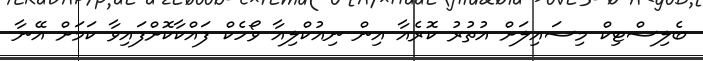
ބެލިސްޓިކް މިސައިލަށް އުތުރު ކޮރެއާ އިން ނިއުކްލިއާ ވޯހެކް ފައްކާކޮށްފައިވާ ކަމަށް އޭނާ